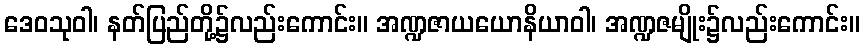
ဒေဝသုဝါ၊ နတ်ပြည်တို့၌လည်းကောင်း။ အဏ္ဍဇာယယောနိယာဝါ၊ အဏ္ဍဇမျိုး၌လည်းကောင်း။